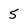
Character: 5